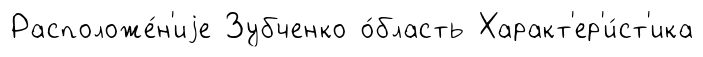
Расположе́н'иjе Зубченко о́бласть Характ'ер'и́ст'ика